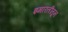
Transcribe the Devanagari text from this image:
इमारतींतून